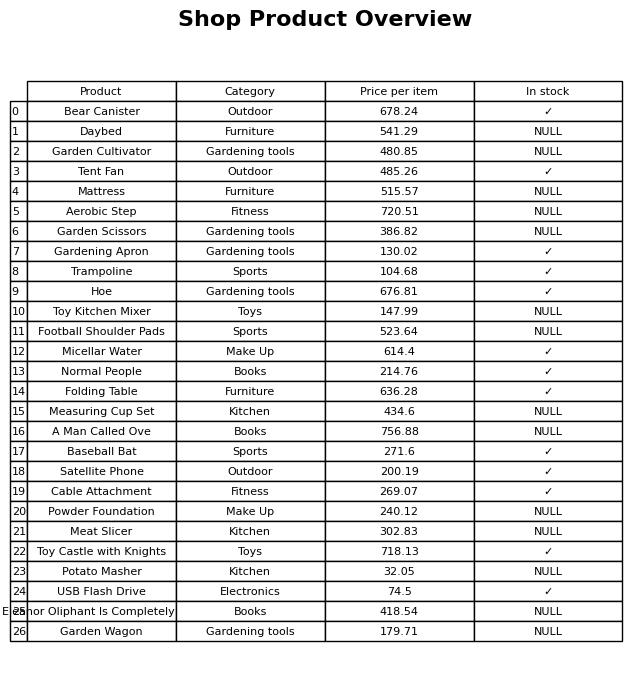
question: What category does the Gardening Apron belong to?
answer: Gardening tools